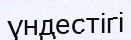
үндестігі